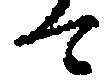
て